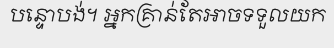
បន្ទោបង់។ អ្នកគ្រាន់តែអាចទទួលយក